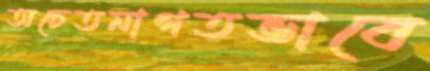
অচেতনাগতভাবে